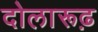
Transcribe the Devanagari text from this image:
दोलारूढ़